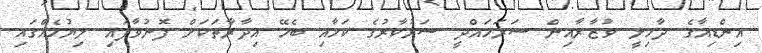
އިންޑިއާގެ ދާހިލީ ވުޒާރާއިން ސަރަހައްދީ ސަރުކާރުގެ ކަމާއި ބެހޭ އިދާރާތަކަށް ފޮނުވާފައި ލިޔުމެއްގައި